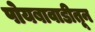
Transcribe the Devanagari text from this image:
पोयबावाडीतून